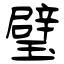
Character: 璧